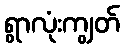
ရွာလုံးကျွတ်